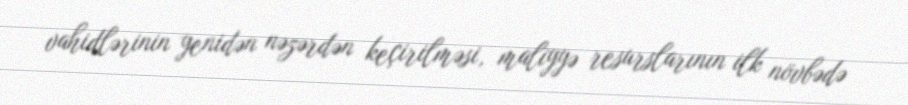
vahidlərinin yenidən nəzərdən keçirilməsi, maliyyə resurslarının ilk növbədə